Indian journal of veterinary science and animal husbandry - Volume 9,
Year: 1939
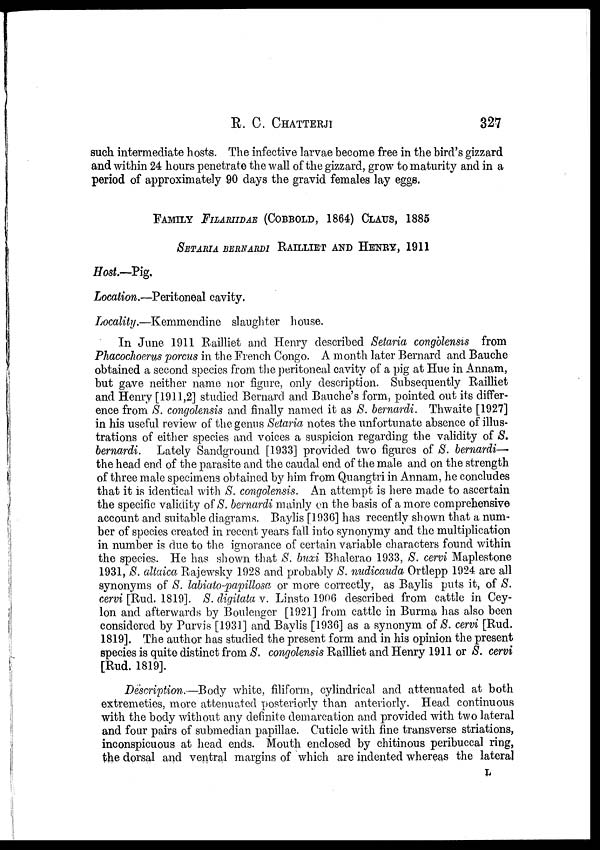
R. C.
CHATTERJI
327
such intermediate hosts. The infective larvae become free in the bird's gizzard
and within 24 hours penetrate the wall of the gizzard, grow to maturity and in a
period of approximately 90 days the gravid females lay eggs.
FAMILY FILARIIDAE (COBBOLD, 1864) CLAUS, 1885
SETARIA BERNARDI RAILLIET AND HENRY, 1911
Host.—Pig.
Location.—Peritoneal cavity.
Locality.—Kemmendine slaughter house.
In June 1911 Railliet and Henry described Setaria congolensis from
Phacochoerus porcus in the French Congo. A month later Bernard and Bauche
obtained a second species from the peritoneal cavity of a pig at Hue in Annam,
but gave neither name nor figure, only description. Subsequently Railliet
and Henry [1911,2] studied Bernard and Bauche's form, pointed out its differ-
ence from S. congolensis and finally named it as S. bernardi. Thwaite [1927]
in his useful review of the genus Setaria notes the unfortunate absence of illus-
trations of either species and voices a suspicion regarding the validity of S.
bernardi. Lately Sandground [1933] provided two figures of S. bernardi—
the head end of the parasite and the caudal end of the male and on the strength
of three male specimens obtained by him from Quangtri in Annam, he concludes
that it is identical with S. congolensis. An attempt is here made to ascertain
the specific validity of S. bernardi mainly on the basis of a more comprehensive
account and suitable diagrams. Baylis [1936] has recently shown that a num-
ber of species created in recent years fall into synonymy and the multiplication
in number is due to the ignorance of certain variable characters found within
the species. He has shown that S. buxi Bhalerao 1933, S. cervi Maplestone
1931, S. altaica Rajewsky 1928 and probably S. nudicauda Ortlepp 1924 are all
synonyms of S. labiato-papillosa or more correctly, as Baylis puts it, of S.
cervi [Rud. 1819]. S. digitata v. Linsto 1906 described from cattle in Cey-
lon and afterwards by Boulenger [1921] from cattle in Burma has also been
considered by Purvis [1931] and Baylis [1936] as a synonym of S. cervi [Rud.
1819]. The author has studied the present form and in his opinion the present
species is quite distinct from S. congolensis Railliet and Henry 1911 or S. cervi
[Rud. 1819].
Description.—Body white, filiform, cylindrical and attenuated at both
extremeties, more attenuated posteriorly than anteriorly. Head continuous
with the body without any definite demarcation and provided with two lateral
and four pairs of submedian papillae. Cuticle with fine transverse striations,
inconspicuous at head ends. Mouth enclosed by chitinous peribuccal ring,
the dorsal and ventral margins of which are indented whereas the lateral
L